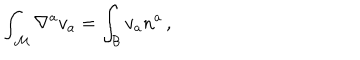
\int _ { \mathcal M } \nabla ^ { a } v _ { a } = \int _ { \mathcal B } v _ { a } n ^ { a } \, ,